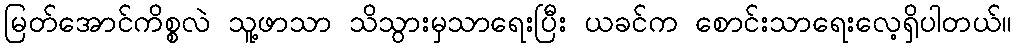
မြတ်အောင်ကိစ္စလဲ သူ့ဖာသာ သိသွားမှသာရေးပြီး ယခင်က စောင်းသာရေးလေ့ရှိပါတယ်။